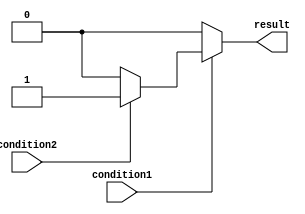
module nested_if_else (
    input wire condition1,
    input wire condition2,
    output reg result
);

always @*
begin
    if (condition1)
    begin
        if (condition2)
        begin
            // Nested if-else logic
            result <= 1'b1;
        end
        else
        begin
            // Nested if-else logic
            result <= 1'b0;
        end
    end
    else
    begin
        result <= 1'b0;
    end
end

endmodule